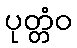
ပုတ္တံဝ